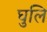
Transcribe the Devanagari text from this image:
घुलि